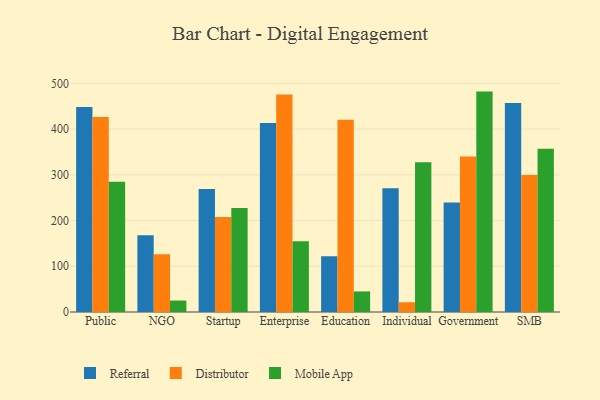
{"axis": {"x": "Segment", "y": "Production Output"}, "legend": ["Distributor", "Mobile App", "Referral"], "data": [{"x": "Public", "y": 448.5, "type": "Referral"}, {"x": "Public", "y": 426.6, "type": "Distributor"}, {"x": "Public", "y": 285.1, "type": "Mobile App"}, {"x": "NGO", "y": 167.9, "type": "Referral"}, {"x": "NGO", "y": 126.3, "type": "Distributor"}, {"x": "NGO", "y": 25.1, "type": "Mobile App"}, {"x": "Startup", "y": 268.9, "type": "Referral"}, {"x": "Startup", "y": 207.7, "type": "Distributor"}, {"x": "Startup", "y": 227.3, "type": "Mobile App"}, {"x": "Enterprise", "y": 413.5, "type": "Referral"}, {"x": "Enterprise", "y": 476.0, "type": "Distributor"}, {"x": "Enterprise", "y": 154.7, "type": "Mobile App"}, {"x": "Education", "y": 122.1, "type": "Referral"}, {"x": "Education", "y": 420.5, "type": "Distributor"}, {"x": "Education", "y": 45.0, "type": "Mobile App"}, {"x": "Individual", "y": 270.7, "type": "Referral"}, {"x": "Individual", "y": 21.4, "type": "Distributor"}, {"x": "Individual", "y": 327.4, "type": "Mobile App"}, {"x": "Government", "y": 239.7, "type": "Referral"}, {"x": "Government", "y": 339.9, "type": "Distributor"}, {"x": "Government", "y": 482.1, "type": "Mobile App"}, {"x": "SMB", "y": 457.4, "type": "Referral"}, {"x": "SMB", "y": 299.9, "type": "Distributor"}, {"x": "SMB", "y": 356.9, "type": "Mobile App"}]}